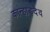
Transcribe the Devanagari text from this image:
कान्हाड़देव